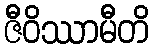
ဇီဝိဿာမီတိ